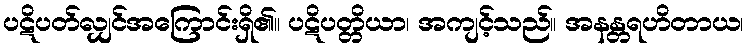
ပဋိပတ်လျှင်အကြောင်းရှိ၏။ ပဋိပတ္တိယာ၊ အကျင့်သည်။ အနန္တရဟိတာယ၊